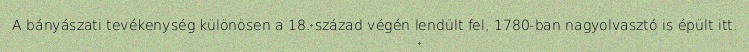
A bányászati tevékenység különösen a 18. század végén lendült fel, 1780-ban nagyolvasztó is épült itt.